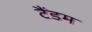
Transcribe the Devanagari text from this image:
टैंडम